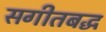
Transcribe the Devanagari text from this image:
सगीतबद्ध